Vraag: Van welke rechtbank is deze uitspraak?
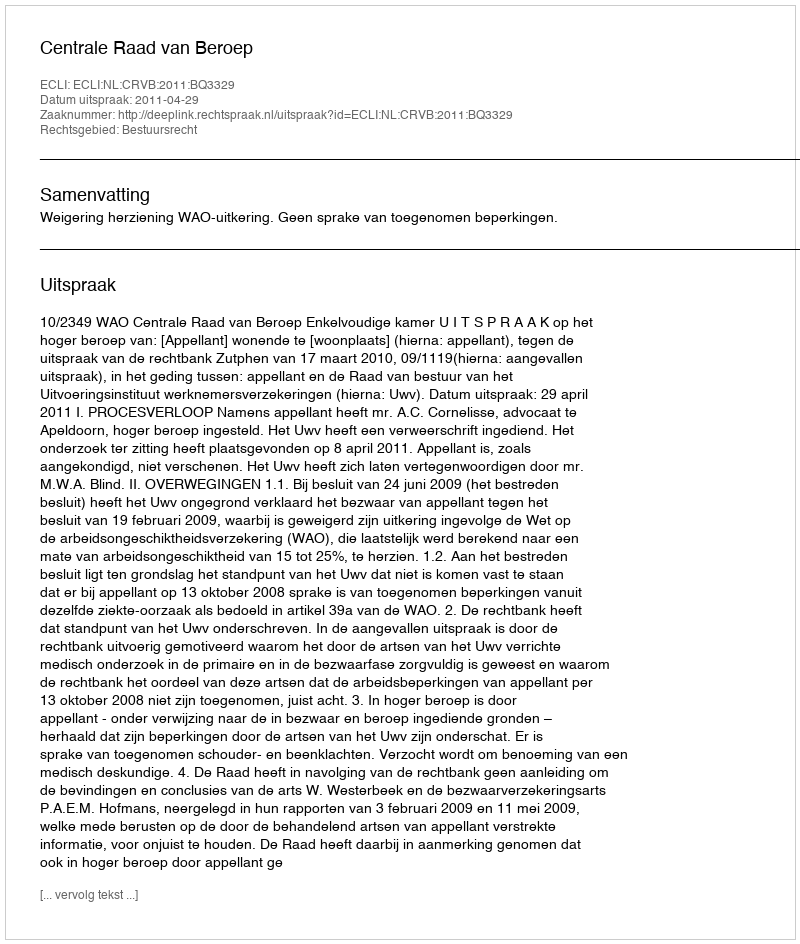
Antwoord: Centrale Raad van Beroep